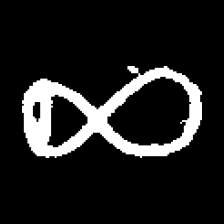
Pyu character \u2014 Myanmar letter: ဆ (romanized: cha)